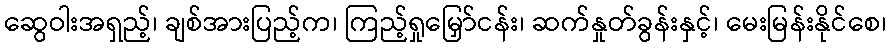
ဆွေဝါးအရှည့်၊ ချစ်အားပြည့်က၊ ကြည့်ရှုမြှော်ငန်း၊ ဆက်နှုတ်ခွန်းနှင့်၊ မေးမြန်းနိုင်စေ၊